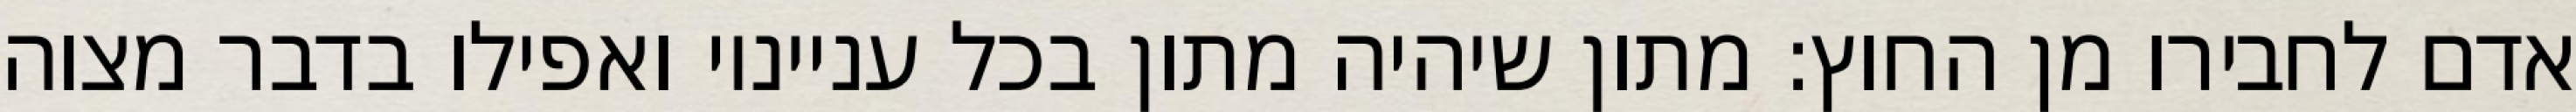
אדם לחבירו מן החוץ: מתון שיהיה מתון בכל ענייניו ואפילו בדבר מצוה